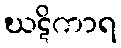
ဃဋိကာရ